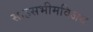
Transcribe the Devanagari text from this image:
साहसभीमविजय